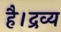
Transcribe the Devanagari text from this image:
है।द्रव्य